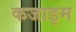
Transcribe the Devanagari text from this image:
कजाइम